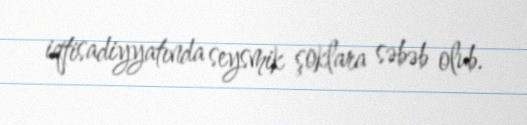
iqtisadiyyatında seysmik şoklara səbəb olub.